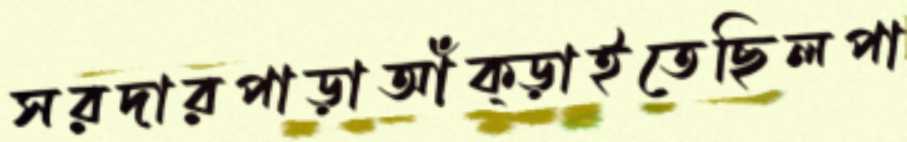
সরদারপাড়াআঁক্‌ড়াইতেছিলপা